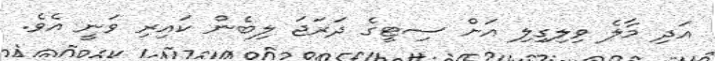
އަދި މާލެ ވިލިގިލި އަށް ސިޓީގެ ދަރަޖަ ލިބެން ކައިރި ވަނީ އެވެ.